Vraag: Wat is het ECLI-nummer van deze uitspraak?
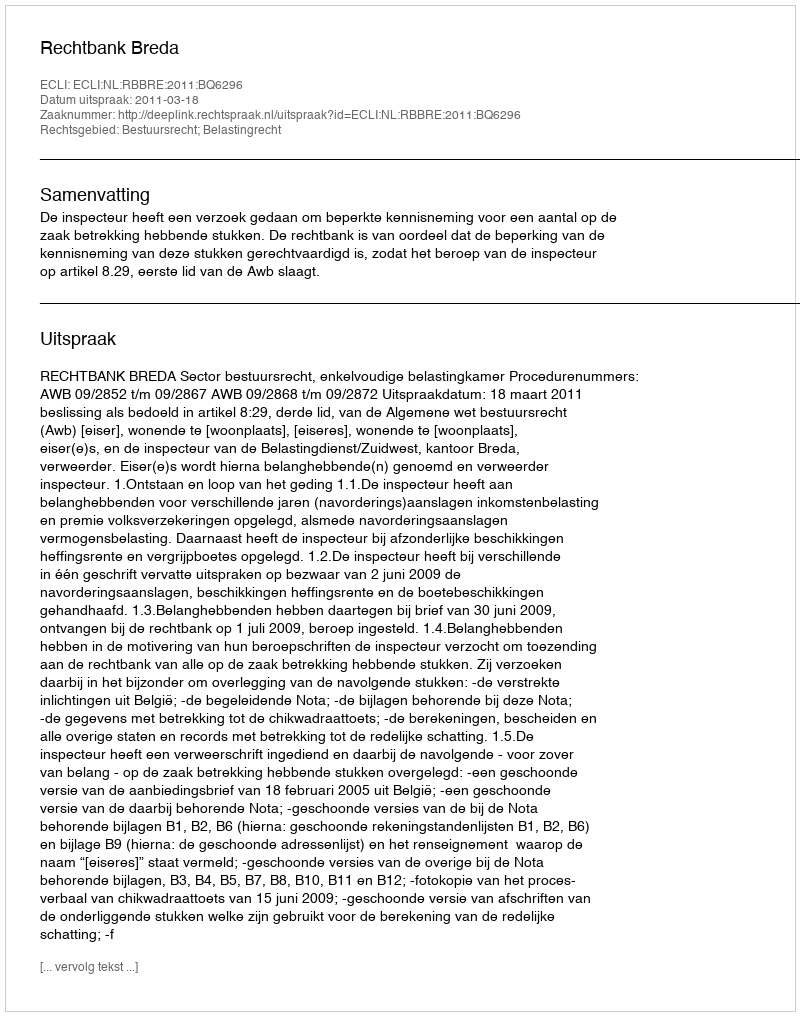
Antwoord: ECLI:NL:RBBRE:2011:BQ6296